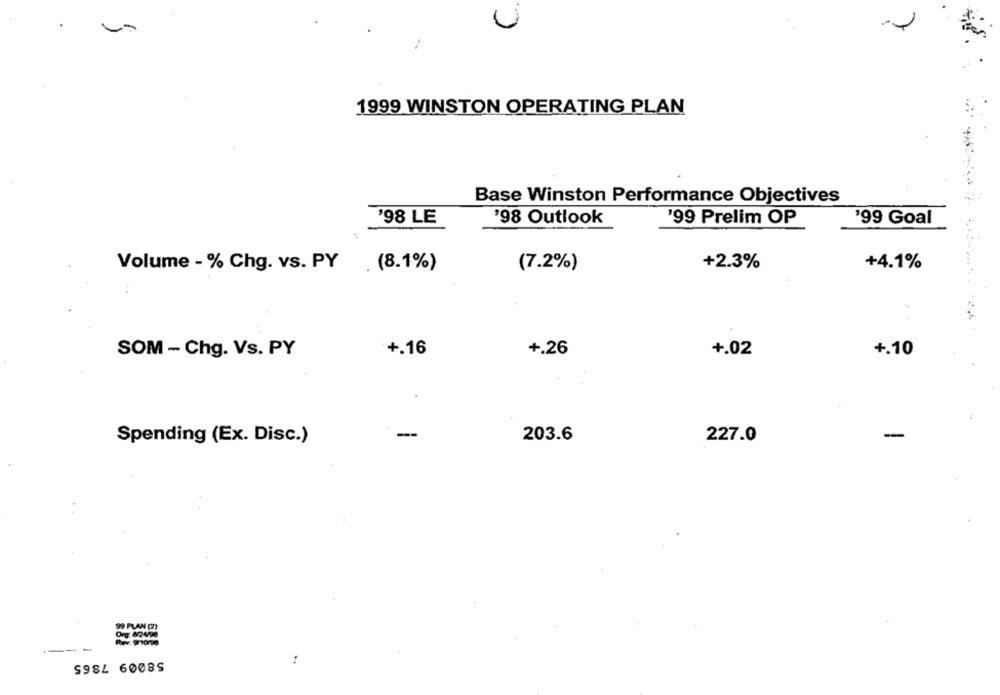
U
1999 WINSTON OPERATING PLAN
Base Winston Performance Objectives
'98 LE
'98 Outlook
'99 Prelim OP
'99 Goal
+2.3%
Volume - % Chg. vs. PY
(7.2%)
+4.1%
. (8.1%)
SOM - Chg. Vs. PY
+.16
+.26
+.02
+.10
--
-
Spending (Ex. Disc.)
203.6
227.0
99 PLAN (2)
Org: 8/24/90
---
S984 6008S